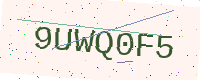
Text: 9UWQ0F5